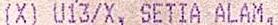
(X) U13/X, SETIA ALAM,